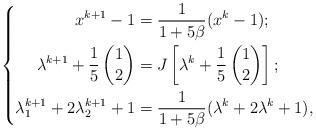
LaTeX: \begin{align*}\left\{\begin{aligned}x^{k+1} - 1 & = \frac{1}{1+5\beta}(x^{k} - 1);\\\lambda^{k+1} + \frac{1}{5}\begin{pmatrix}1\\ 2 \end{pmatrix}& = J\left[\lambda^k + \frac{1}{5}\begin{pmatrix}1\\ 2 \end{pmatrix}\right];\\\lambda^{k+1}_1 + 2\lambda^{k+1}_2 +1 &= \frac{1}{1+5\beta}(\lambda^{k} + 2\lambda^{k} + 1),\end{aligned}\right.\end{align*}